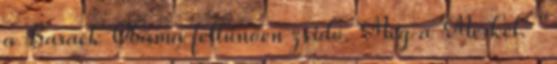
a Barack Obama feltűnően zsidó. Meg a Merkel. "